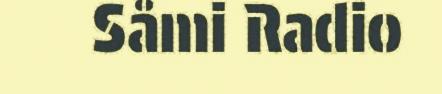
Såmi Radio